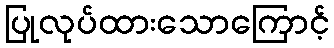
ပြုလုပ်ထားသောကြောင့်